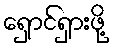
ရှောင်ရှားဖို့